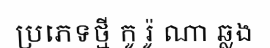
ប្រភេទថ្មី កូ រ៉ូ ណា ឆ្លង